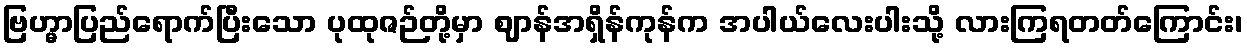
ဗြဟ္မာပြည်ရောက်ပြီးသော ပုထုဇဉ်တို့မှာ ဈာန်အရှိန်ကုန်က အပါယ်လေးပါးသို့ လားကြရတတ်ကြောင်း၊